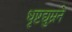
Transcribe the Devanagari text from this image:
धृष्टद्युम्नने